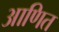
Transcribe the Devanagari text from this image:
आणित